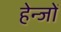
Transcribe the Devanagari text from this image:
हेन्जों